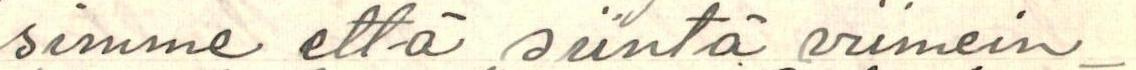
simme että siintä viimein-